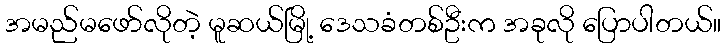
အမည်မဖော်လိုတဲ့ မူဆယ်မြို့ ဒေသခံတစ်ဦးက အခုလို ပြောပါတယ်။